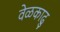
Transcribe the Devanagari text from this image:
वेळकाढु